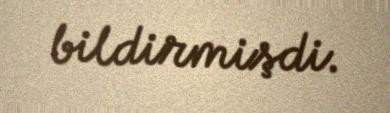
bildirmişdi.